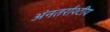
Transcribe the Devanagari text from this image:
अंनतर्राश्टीय